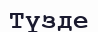
Түзде